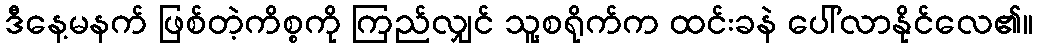
ဒီနေ့မနက် ဖြစ်တဲ့ကိစ္စကို ကြည်လျှင် သူ့စရိုက်က ထင်းခနဲ ပေါ်လာနိုင်လေ၏။